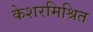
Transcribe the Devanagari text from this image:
केशरमिश्रित